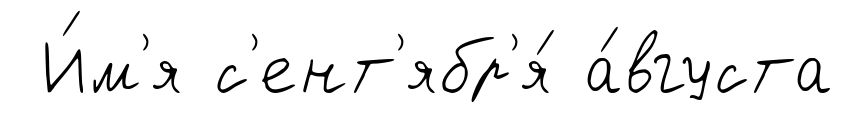
И́м'я с'ент'ябр'я́ а́вгуста